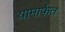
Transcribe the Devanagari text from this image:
यामार्फत